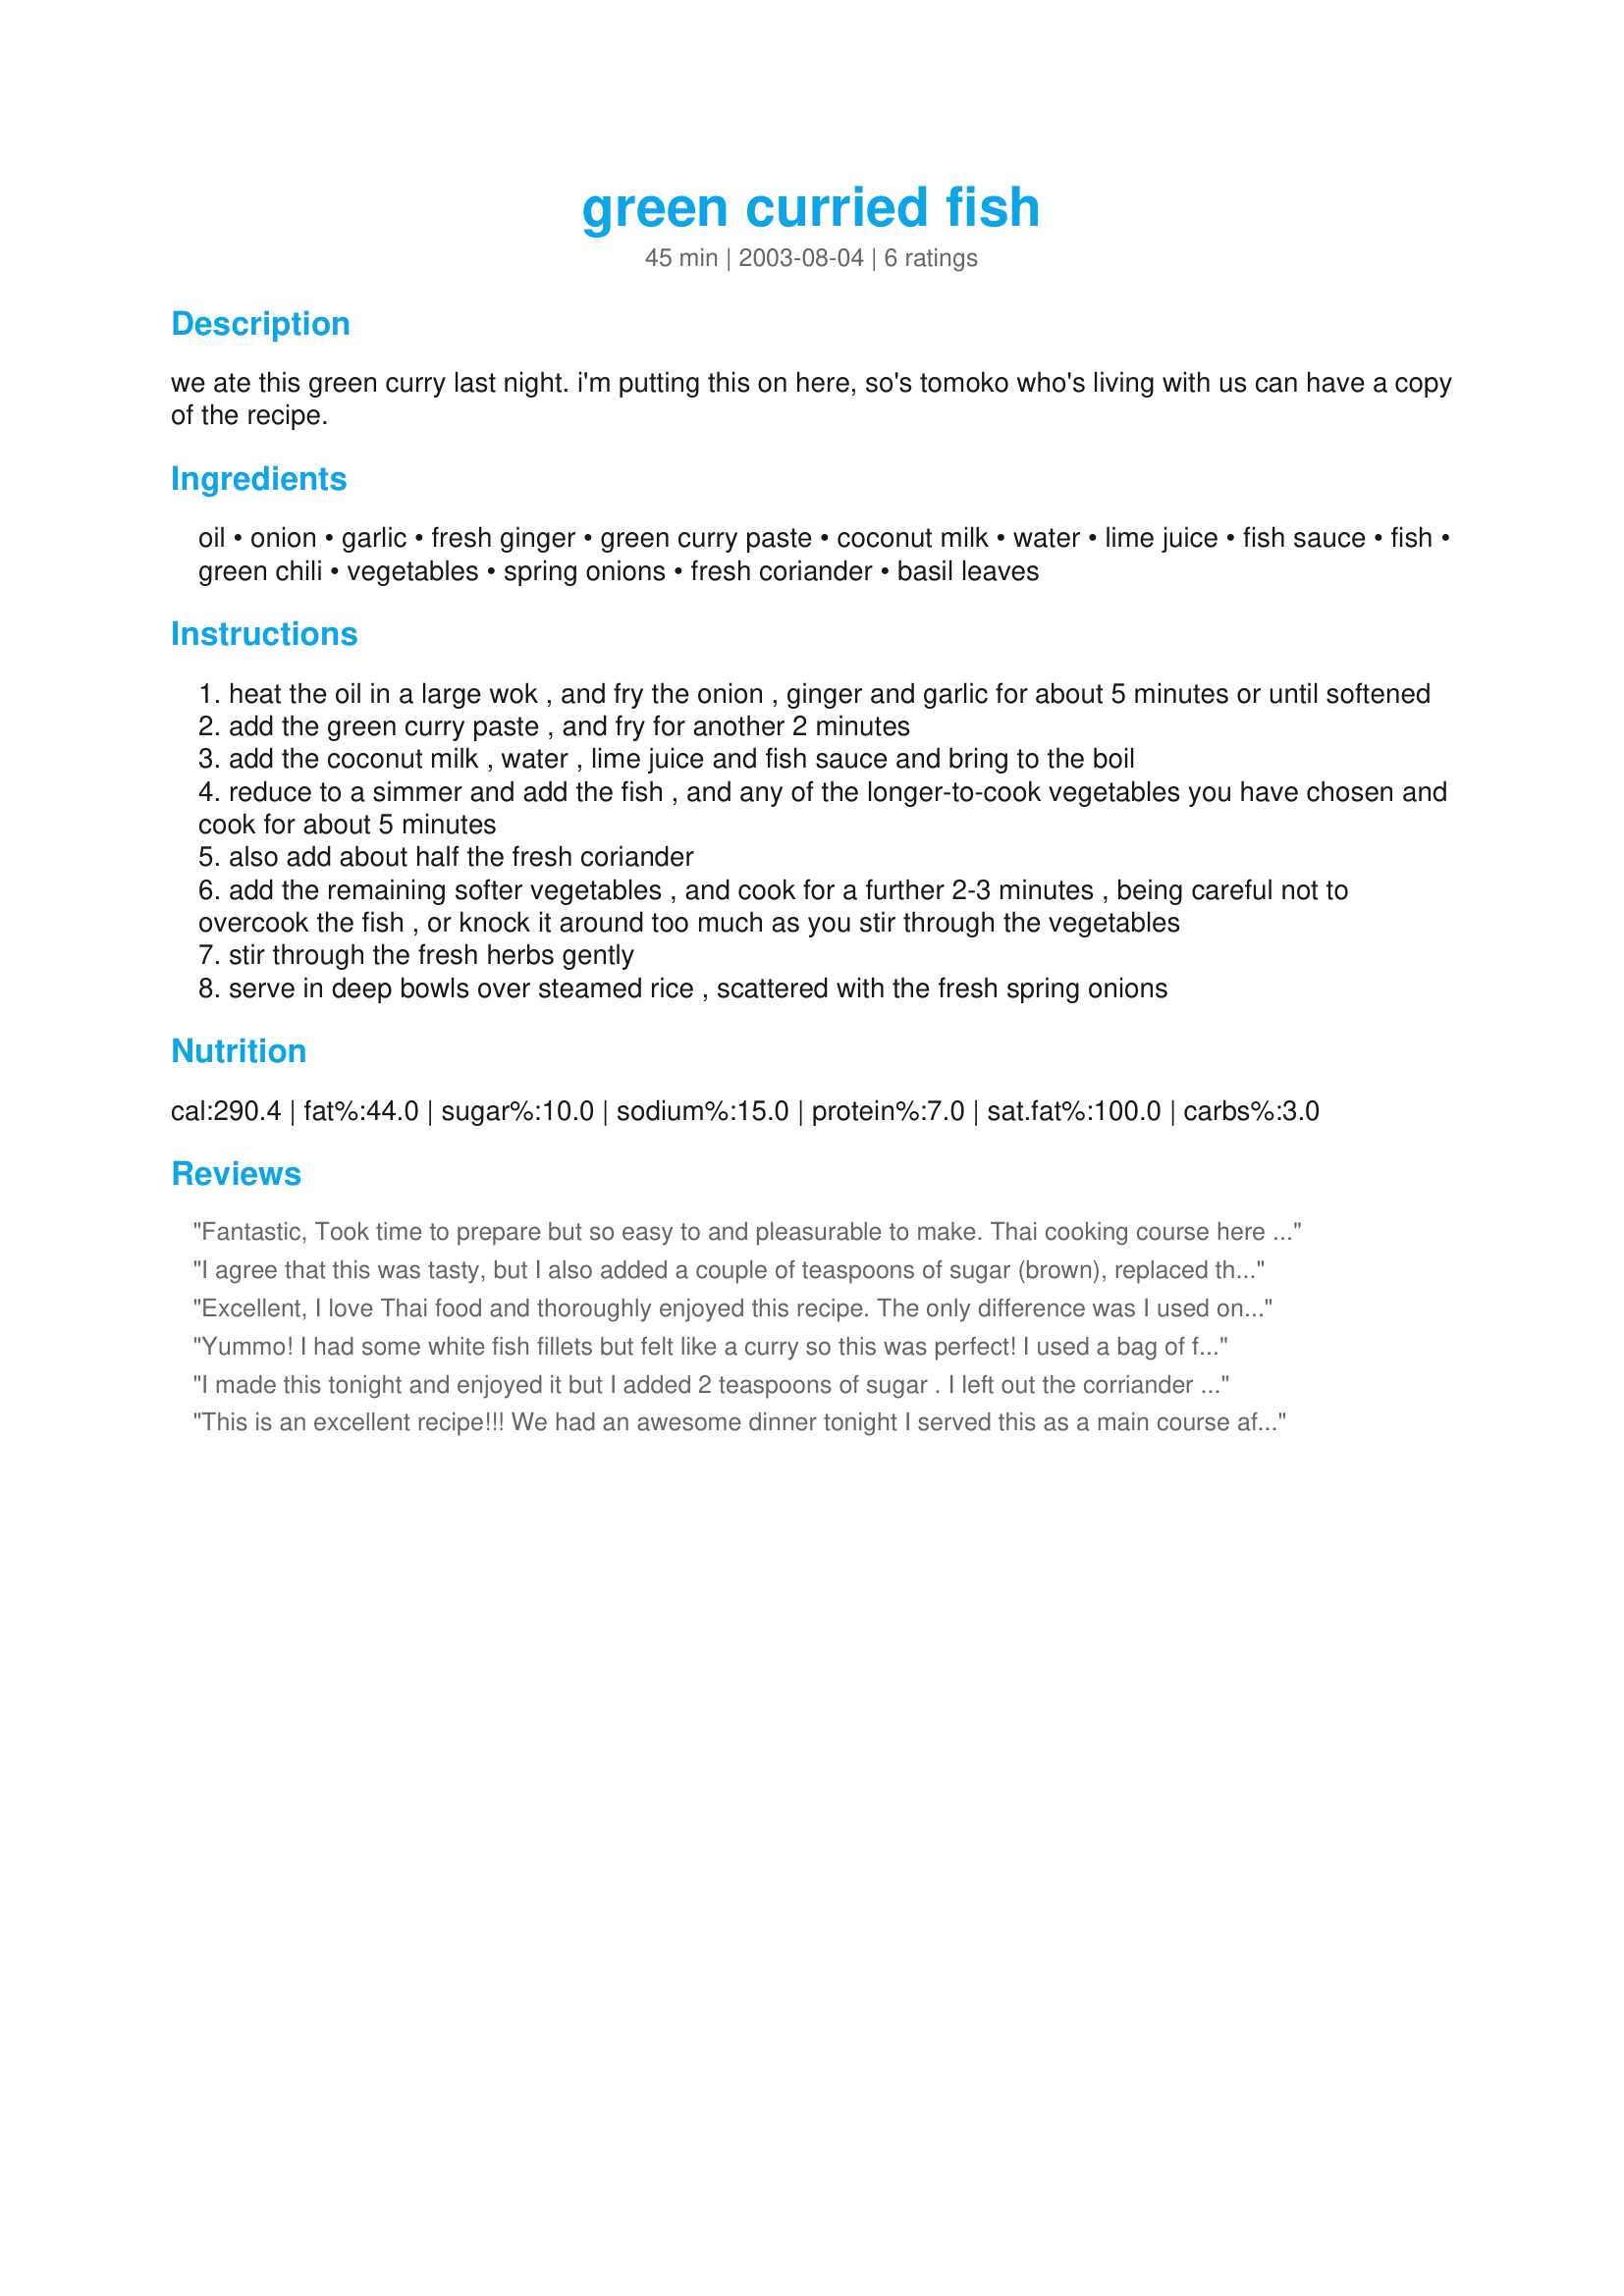
green curried fish
Preparation time: 45 minutes

we ate this green curry last night. i'm putting this on here, so's tomoko who's living with us can have a copy of the recipe.

Ingredients:
oil, onion, garlic, fresh ginger, green curry paste, coconut milk, water, lime juice, fish sauce, fish, green chili, vegetables, spring onions, fresh coriander, basil leaves

Steps:
heat the oil in a large wok , and fry the onion , ginger and garlic for about 5 minutes or until softened
add the green curry paste , and fry for another 2 minutes
add the coconut milk , water , lime juice and fish sauce and bring to the boil
reduce to a simmer and add the fish , and any of the longer-to-cook vegetables you have chosen and cook for about 5 minutes
also add about half the fresh coriander
add the remaining softer vegetables , and cook for a further 2-3 minutes , being careful not to overcook the fish , or knock it around too much as you stir through the vegetables
stir through the fresh herbs gently
serve in deep bowls over steamed rice , scattered with the fresh spring onions

Reviews:
Fantastic, Took time to prepare but so easy to and pleasurable to make. Thai cooking course here I come...
Thanks Jan
I agree that this was tasty, but I also added a couple of teaspoons of sugar (brown), replaced the one cup of water with a 1/2 cup of chicken broth, and added 1/2 teaspoon of cayenne (we like spicy food). My family raved about the sauce.
Excellent, I love Thai food and thoroughly enjoyed this recipe. The only difference was I used only coconut milk, so added more to replace the water to give a richer sauce. Thanks.
Yummo! I had some white fish fillets but felt like a curry so this was perfect! I used a bag of frozen stir fry vegetables and added some extra broccoli and thinly sliced sweet potato. I changed the order a bit by adding the fish right at the end so they just simmered in the sauce for a couple of minutes until cooked as the pieces were quite thin. They still broke up quite a lot though but this was still delicious. I served with brown rice. Thanks for posting another great recipe Jan!
I made this tonight and enjoyed it but I added 2 teaspoons of sugar . I left out the corriander as I don't like it, but i added 1 teaspoon of dried parsley
This is an excellent recipe!!! We had an awesome dinner tonight I served this as a main course after serving Jan's Recipe#173809 as a starter. We absolutely loved the flavours that came through from not only the curry but the fresh herbs used. I used snow peas, zucchini and red pepper as the vegetables and this was just perfect for us. It had just the right amount of heat and I really liked using fish fillets in this recipe. Cheers Jan for a superb dinner we were very spoilt tonight.
